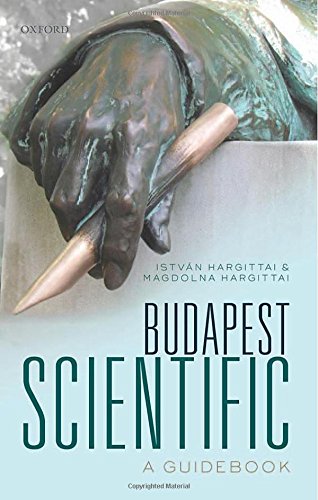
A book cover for Budapest Scientific: A Guidebook; Istvan Hargittai; Travel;